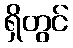
ရှိတွင်